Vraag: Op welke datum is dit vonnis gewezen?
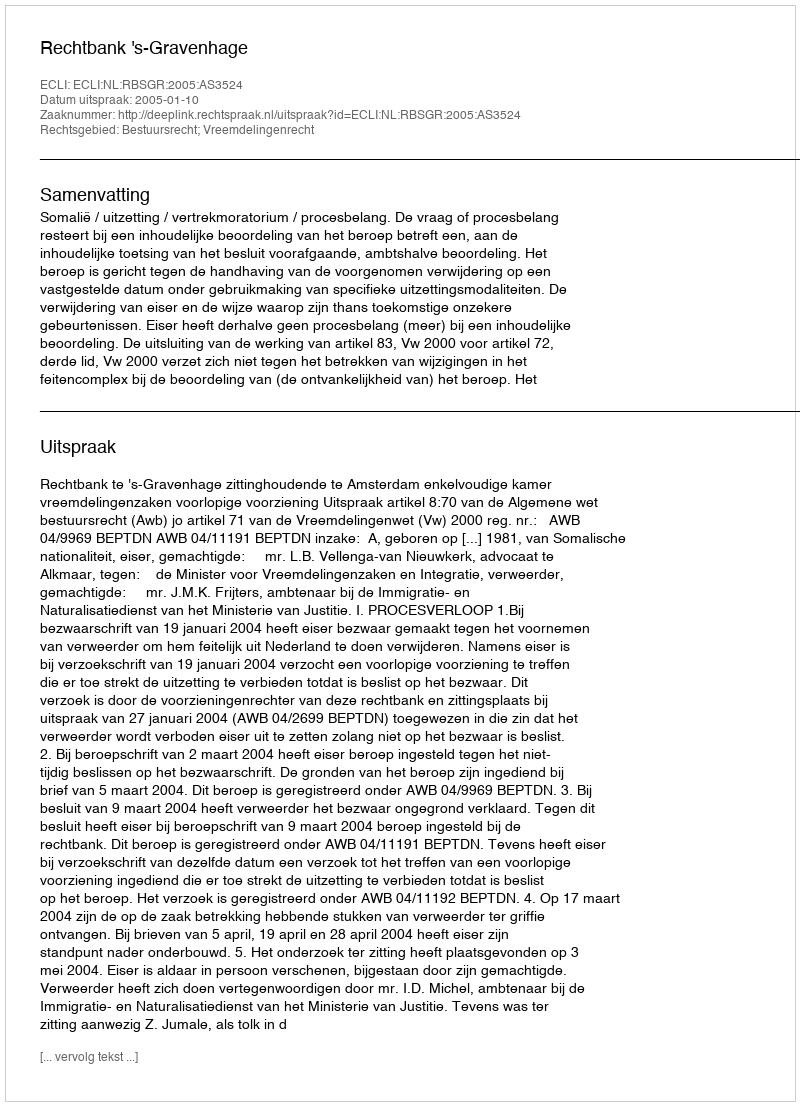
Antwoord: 2005-01-10